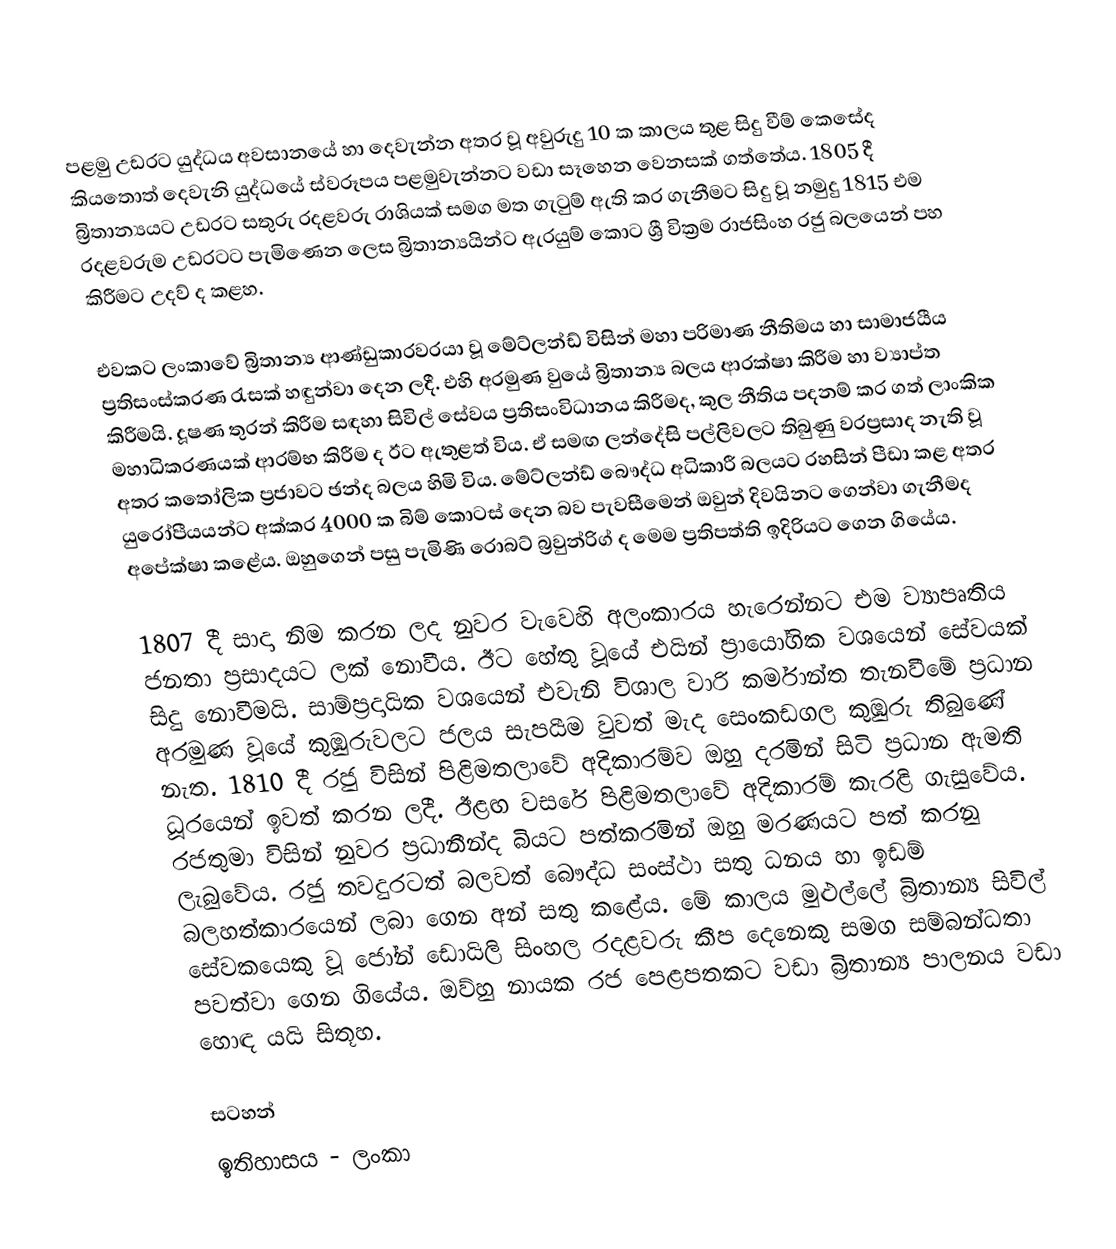
පළමු උඩරට යුද්ධය අවසානයේ හා දෙවැන්න අතර වූ අවුරුදු 10 ක කාලය තුළ සිදු වීම් කෙසේද කියතොත් දෙවැනි යුද්ධයේ ස්වරූපය පළමුවැන්නට වඩා සෑහෙන වෙනසක් ගත්තේය. 1805 දී බ්‍රිතාන්‍යයට උඩරට සතුරු රදළවරු රාශියක් සමග මත ගැටුම් ඇති කර ගැනීමට සිදු වූ නමුදු 1815 එම රදළවරුම උඩරටට පැමිණෙන ලෙස බ්‍රිතාන්‍යයින්ට ඇරයුම් කොට ශ්‍රී වික්‍රම රාජසිංහ රජු බලයෙන් පහ කිරීමට උදව් ද කළහ.

එවකට ලංකාවේ බ්‍රිතාන්‍ය ආණ්ඩුකාරවරයා වූ මේට්ලන්ඩ් විසින් මහා පරිමාණ නීතිමය හා සාමාජයීය ප්‍රතිසංස්කරණ රැසක් හඳුන්වා දෙන ලදී. එහි අරමුණ වුයේ බ්‍රිතාන්‍ය බලය ආරක්ෂා කිරීම හා ව්‍යාප්ත කිරීමයි. දූෂණ තුරන් කිරීම සඳහා සිවිල් සේවය ප්‍රතිසංවිධානය කිරීමද, කුල නීතිය පදනම් කර ගත් ලාංකික මහාධිකරණයක් ආරම්භ කිරීම ද ඊට ඇතුළත් විය. ඒ සමඟ ලන්දේසි පල්ලිවලට තිබුණු වරප්‍රසාද නැති වූ අතර කතෝලික ප්‍රජාවට ඡන්ද බලය හිමි විය. මේට්ලන්ඩ් බෞද්ධ අධිකාරී බලයට රහසින් පීඩා කළ අතර යුරෝපීයයන්ට අක්කර 4000 ක බිම් කොටස් දෙන බව පැවසීමෙන් ඔවුන් දිවයිනට ගෙන්වා ගැනීමද අපේක්ෂා කළේය. ඔහුගෙන් පසු පැමිණි රොබට් බ්‍රවුන්රිග් ද මෙම ප්‍රතිපත්ති ඉදිරියට ගෙන ගියේය.

1807 දී සාදා නිම කරන ලද නුවර වැවෙහි අලංකාරය හැරෙන්නට එම ව්‍යාපෘතිය ජනතා ප්‍රසාදයට ලක් නොවීය. ඊට හේතු වූයේ එයින් ප්‍රායෝගික වශයෙන් සේවයක් සිදු නොවීමයි. සාම්ප්‍රදායික වශයෙන් එවැනි විශාල වාරි කර්මාන්ත තැනවීමේ ප්‍රධාන අරමුණ වූයේ කුඹුරුවලට ජලය සැපයීම වුවත් මැද සෙංකඩගල කුඹුරු තිබුණේ නැත. 1810 දී රජු විසින් පිළිමතලාවේ අදිකාරම්ව ඔහු දරමින් සිටි ප්‍රධාන ඇමති ධූරයෙන් ඉවත් කරන ලදී. ඊළඟ වසරේ පිළිමතලාවේ අදිකාරම් කැරළි ගැසුවේය. රජතුමා විසින් නුවර ප්‍රධානීන්ද බියට පත්කරමින් ඔහු මරණයට පත් කරනු ලැබුවේය. රජු තවදුරටත් බලවත් බෞද්ධ සංස්ථා සතු ධනය හා ඉඩම් බලහත්කාරයෙන් ලබා ගෙන අන් සතු කළේය. මේ කාලය මුළුල්ලේ බ්‍රිතාන්‍ය සිවිල් සේවකයෙකු වූ ජෝන් ඩොයිලි සිංහල රදළවරු කීප දෙනෙකු සමග සම්බන්ධතා පවත්වා ගෙන ගියේය. ඔව්හු නායක රජ පෙළපතකට වඩා බ්‍රිතාන්‍ය පාලනය වඩා හොඳ යයි සිතූහ.

සටහන්
ඉතිහාසය - ලංකා